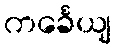
ကင်္ခေယျ